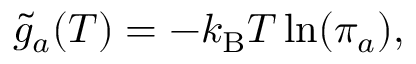
\tilde { g } _ { a } ( T ) = - k _ { \mathrm { B } } T \ln ( \pi _ { a } ) ,